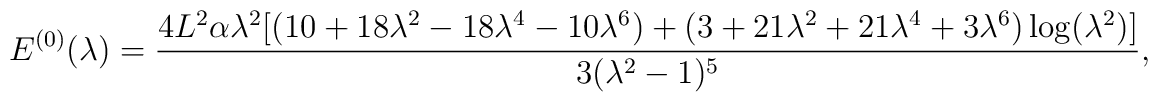
E^{(0)}(\lambda) = \frac{4L^2\alpha\lambda^2\bigl[      (10+18\lambda^2-18\lambda^4-10\lambda^6) +      (3+21\lambda^2+21\lambda^4+3\lambda^6)\log(\lambda^2)\bigr]}      {3(\lambda^2-1)^5},